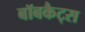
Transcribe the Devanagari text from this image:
बॉबकैट्स